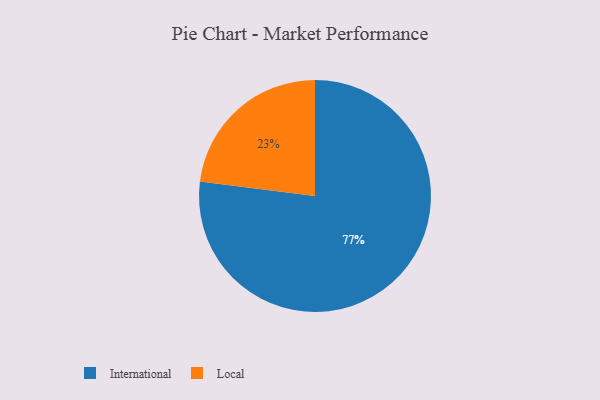
{"axis": {"x": "Category", "y": "Percentage"}, "legend": ["International", "Local"], "data": [{"x": "International", "y": 77, "type": "International"}, {"x": "Local", "y": 23, "type": "Local"}]}